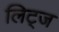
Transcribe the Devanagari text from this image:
लिट्ज